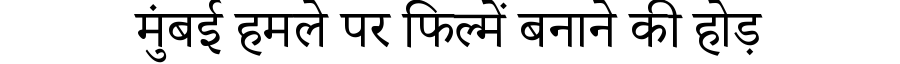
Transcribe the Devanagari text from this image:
मुंबई हमले पर फिल्में बनाने की होड़